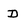
Character: D